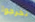
تخرجوا